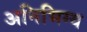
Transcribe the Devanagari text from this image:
अनिभिग्य